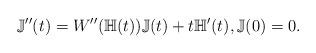
LaTeX: \begin{align*}\mathbb{J}''(t) = W''(\mathbb{H}(t)) \mathbb{J}(t) + t \mathbb{H}'(t), \mathbb{J}(0) = 0. \end{align*}